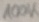
Text: 100K